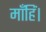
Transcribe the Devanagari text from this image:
माँहिं।